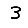
Digit: 3